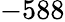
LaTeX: -588